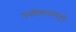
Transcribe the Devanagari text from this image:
मनोकामनाएंपूरी